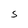
Character: S